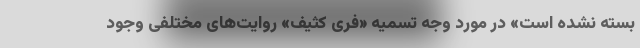
بسته نشده‌ است» در مورد وجه تسمیه «فری کثیف» روایت‌های مختلفی وجود